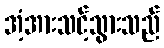
အံ့အားသင့်သွားသည်